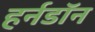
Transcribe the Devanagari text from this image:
हर्नडॉन